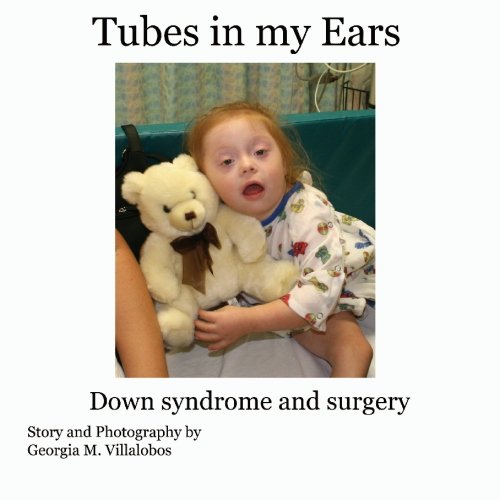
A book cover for Tubes in My Ears: Down Syndrome and Surgery; Georgia Villalobos; Health, Fitness & Dieting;